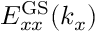
E _ { x x } ^ { \mathrm { G S } } ( k _ { x } )